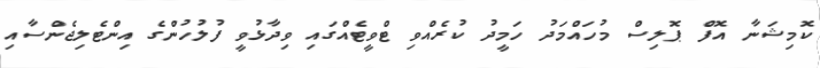
ކޮމިޝަނާ އޮފް ޕޮލިސް މުހައްމަދު ހަމީދު ކުރެއްވި ޓްވީޓެއްގައި ވިދާޅުވީ ފުލުހުންގެ އިންޓެލިޖެންސާއި